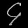
Digit: ၄